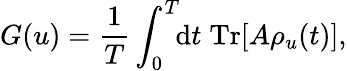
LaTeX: G(u)=\frac{1}{T}\int_{0}^{T}\! \! \mathrm{d}t\; \mathrm{Tr}[A\rho_{u}(t)],